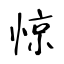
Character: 惊